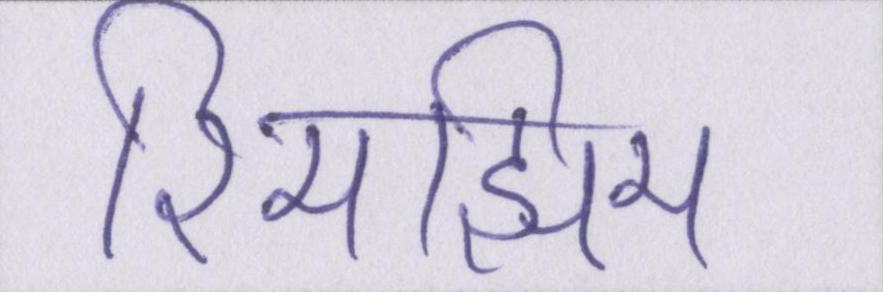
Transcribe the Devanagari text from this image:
रिमझिम